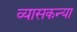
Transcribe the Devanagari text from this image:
व्यासकन्या